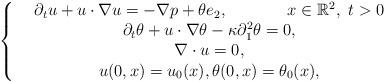
LaTeX: \begin{align*}\left\{\begin{array}{cc}&\partial_t u+u\cdot\nabla u=-\nabla p+\theta e_2,~~~~~~~~~~~x\in{\mathbb{R}^2},~t>0 \\&\partial_t \theta+u\cdot\nabla\theta-\kappa\partial_1^2\theta=0,\\&\nabla\cdot u=0,\\&u(0,x)=u_0(x), \theta(0,x)=\theta_0(x),\\\end{array}\right.\end{align*}